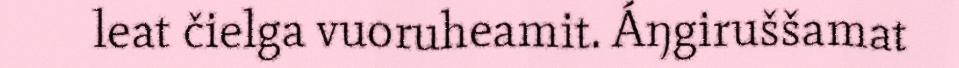
leat čielga vuoruheamit. Áŋgiruššamat